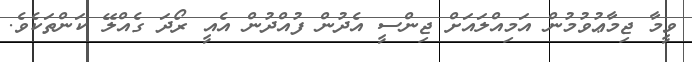
ވީމާ ޖިމާޢުވުމުން އަމިއްލައަށް ޖިންސީ އެދުން ފުއްދުން އެއީ ރޯދަ ގެއްލޭ ކަންތަކެވެ.